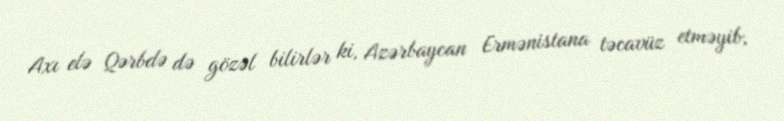
Axı elə Qərbdə də gözəl bilirlər ki, Azərbaycan Ermənistana təcavüz etməyib,